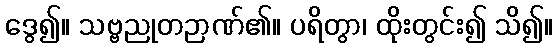
ဒွေ၍။ သဗ္ဗညုတဉာဏ်၏။ ပရိတွာ၊ ထိုးတွင်း၍ သိ၍။